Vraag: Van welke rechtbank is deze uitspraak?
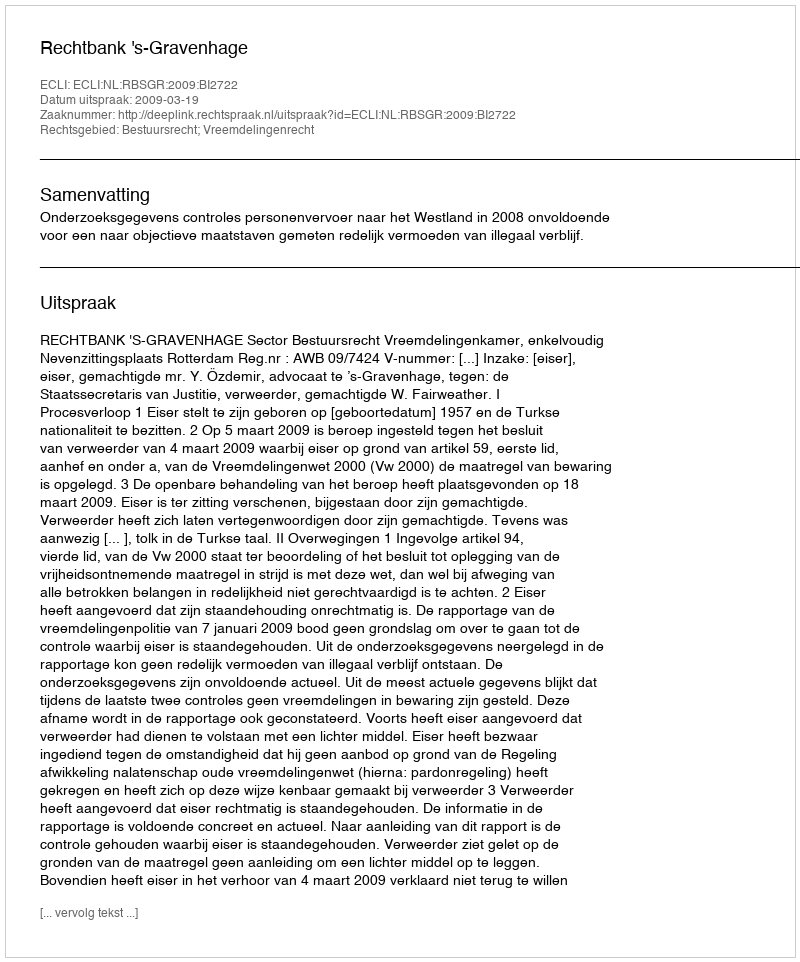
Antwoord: Rechtbank 's-Gravenhage